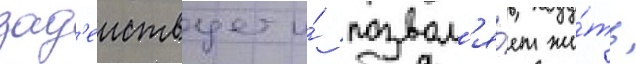
зад'еиствует и́ позвол'я́ет жи́ть